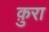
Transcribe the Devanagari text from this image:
क़ुरा